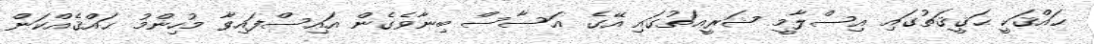
ޙައްޤަކީ ޙަޤީޤަތުގައި އިސްލާމީ ޝަރީޢަތުގައި އޭގެ އަސާސް ބިނާވެގެން އައިސްފައިވާ މުހިންމު ޙައްޤެއްކަން